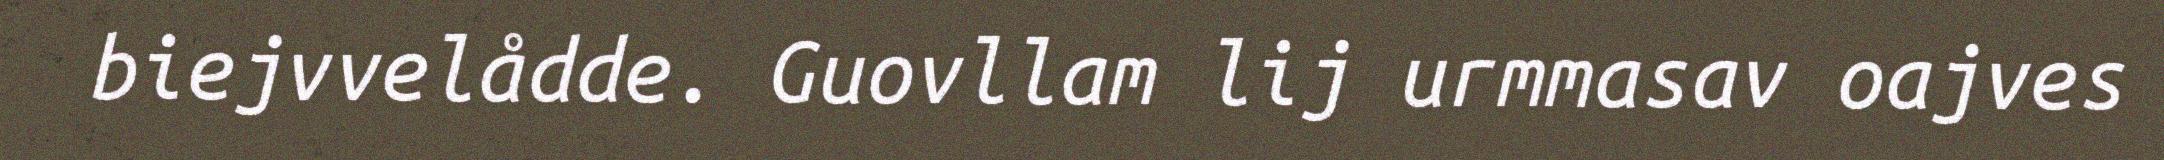
biejvvelådde. Guovllam lij urmmasav oajves